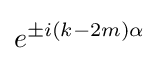
e^{\pm i(k-2m)\alpha }